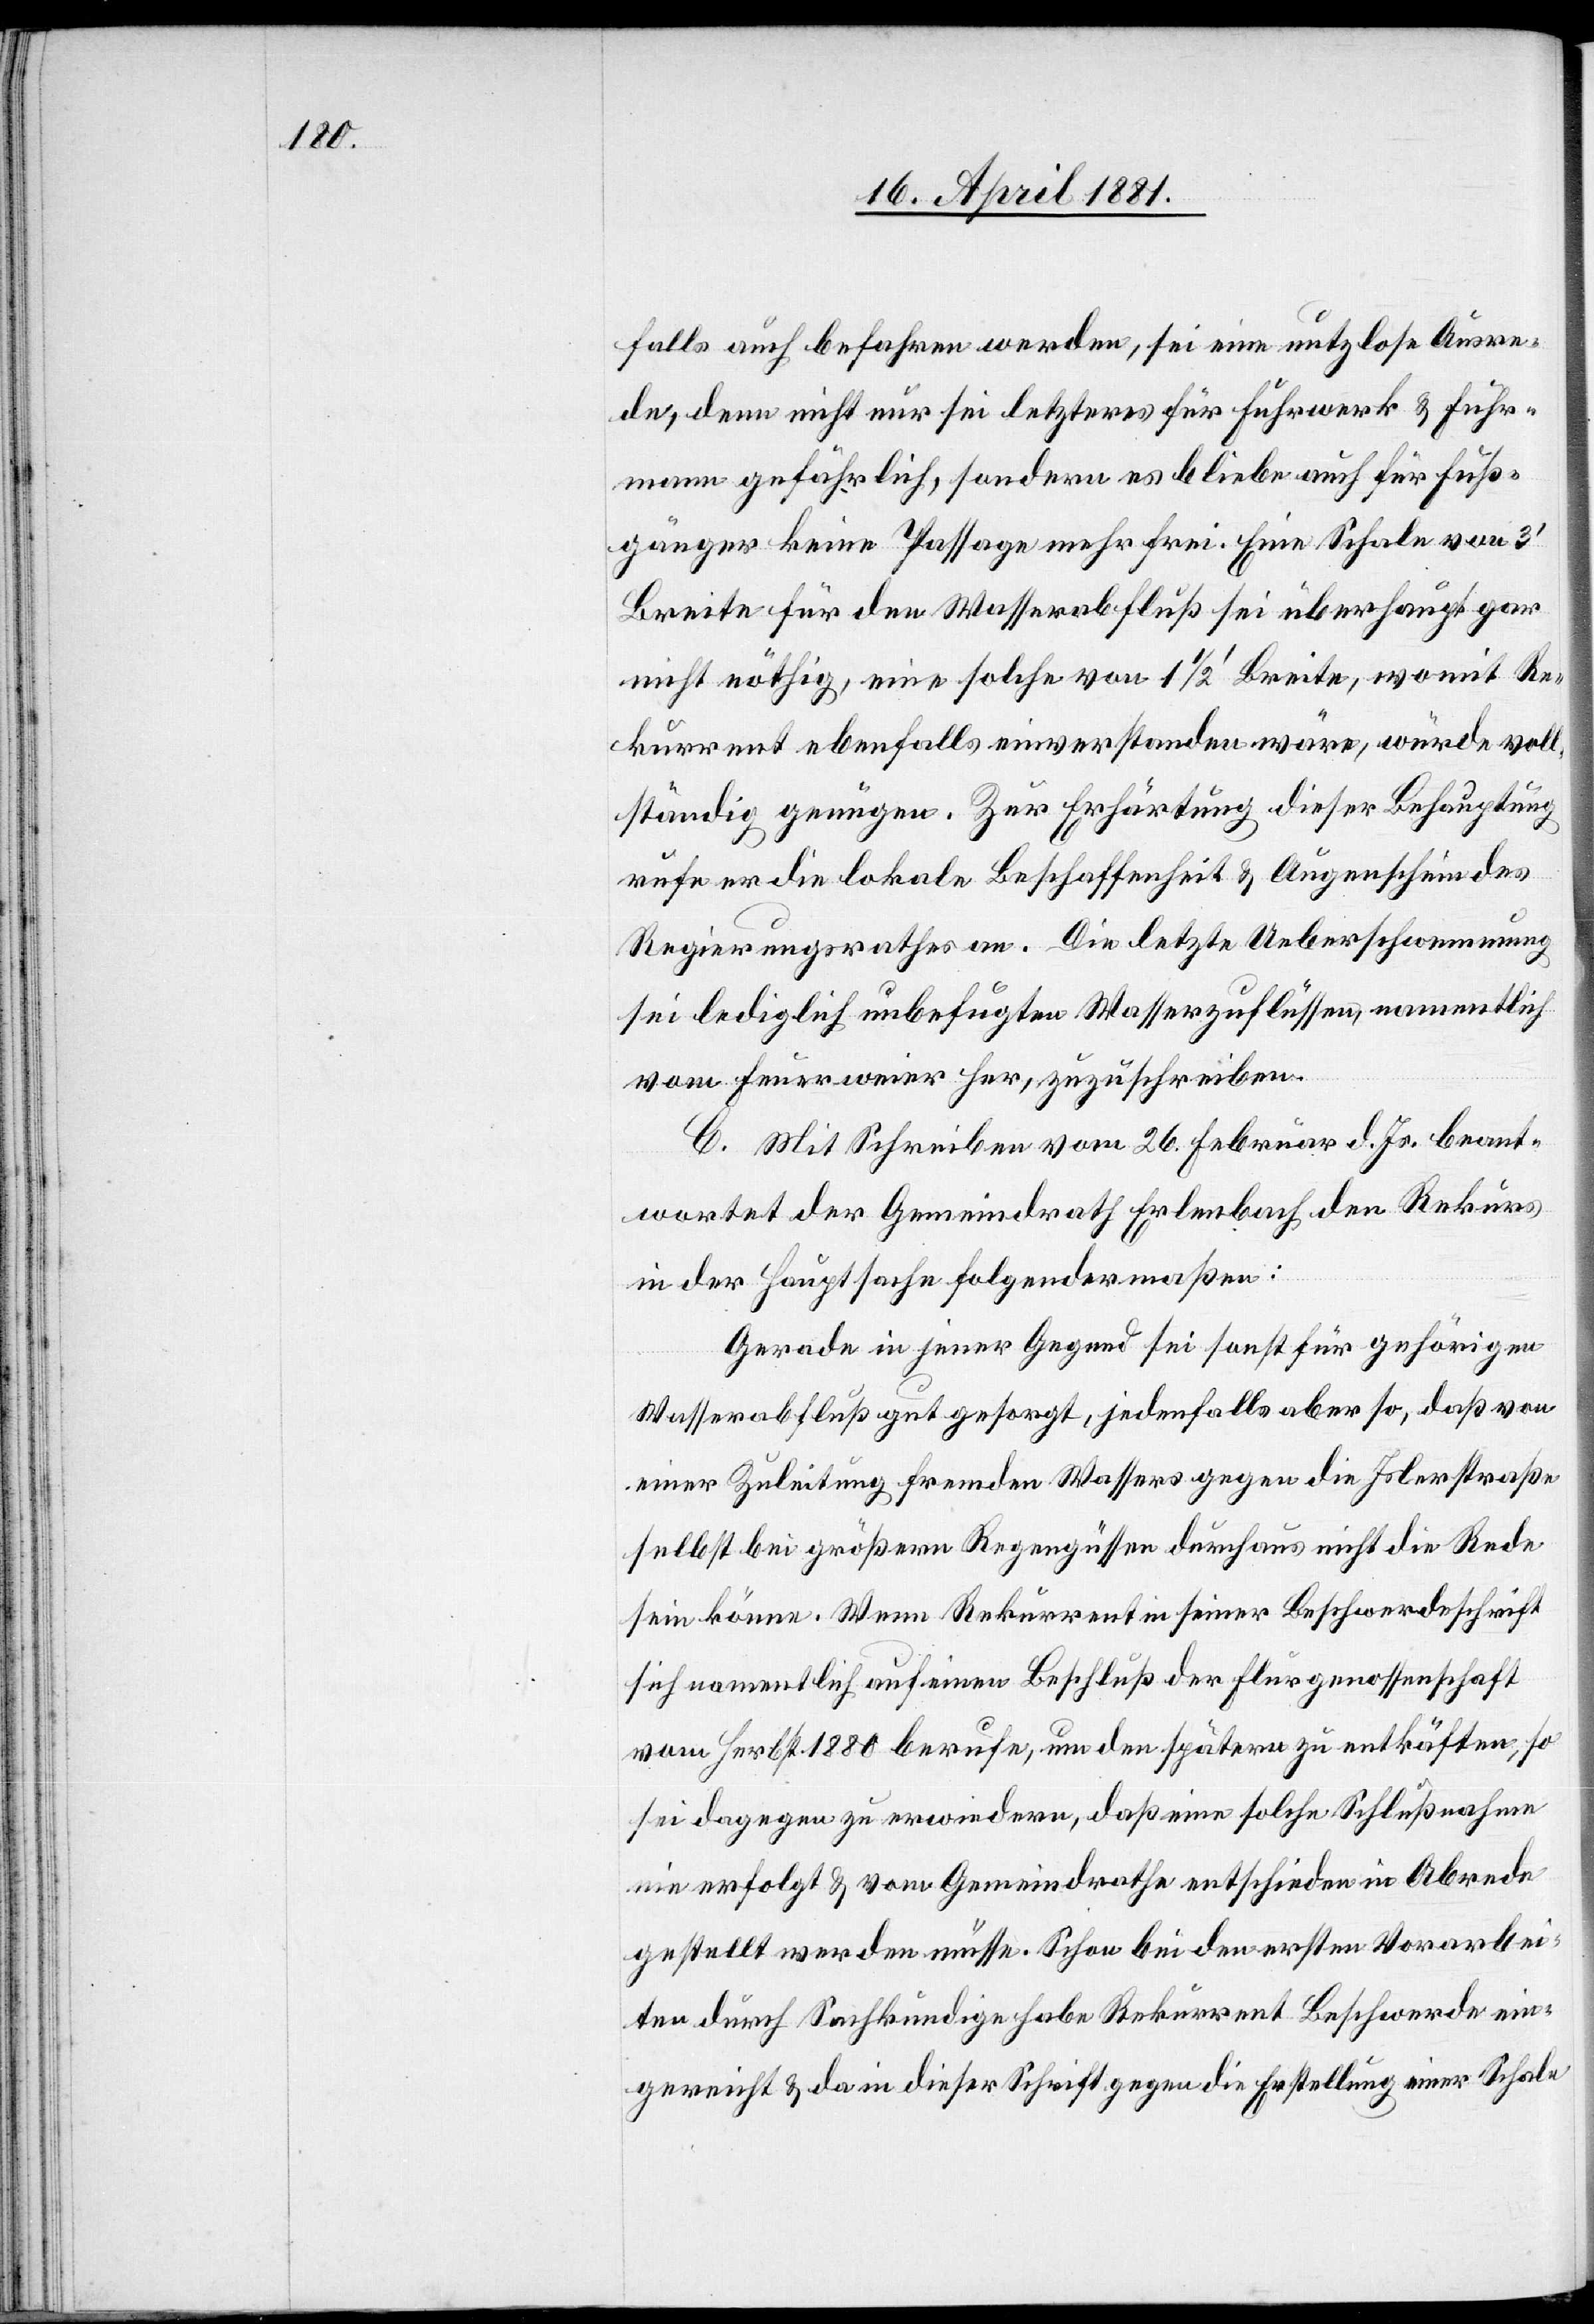
falls auch befahren werden, sei eine nutzlose Ausre¬
de, denn nicht nur sei letzteres für Fuhrwerk & Fuhr¬
mann gefährlich, sondern es bleibe auch für Fuß¬
gänger keine Passage mehr frei. Eine Schale von 3‘
Breite für den Wasserabfluß sei überhaupt gar
nicht nöthig, eine solche von 1 1/2‘ Breite, womit Re¬
kurrent ebenfalls einverstanden wäre, würde voll¬
ständig genügen. Zur Erhärtung dieser Behauptung
rufe er die lokale Beschaffenheit & Augenschein des
Regierungsrathes an. Die letzte Ueberschwemmung
sei lediglich unbefugten Wasserzuflüssen, namentlich
vom Feuerweier her, zuzuschreiben.
B. Mit Schreiben vom 26. Februar d. Js. beant¬
wortet der Gemeindrath Erlenbach den Rekurs
in der Hauptsache folgendermaßen:
Gerade in jener Gegend sei sonst für gehörigen
Wasserabfluß gut gesorgt, jedenfalls aber so, daß von
einer Zuleitung fremden Wassers gegen die Islerstraße
selbst bei größern Regengüssen durchaus nicht die Rede
sein könne. Wenn Rekurrent in seiner Beschwerdeschrift
sich namentlich auf einen Beschluß der Flurgenossenschaft
vom Herbst 1880 berufe, um den spätern zu entkräften, so
sei dagegen zu erwiedern, daß eine solche Schlußnahme
nie erfolgt & vom Gemeindrathe entschieden in Abrede
gestellt werden müsse. Schon bei den ersten Vorarbei¬
ten durch Sachkundige habe Rekurrent Beschwerde ein¬
gereicht & da in dieser Schrift gegen die Erstellung einer Schale